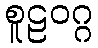
စူဠဝဂ္ဂ